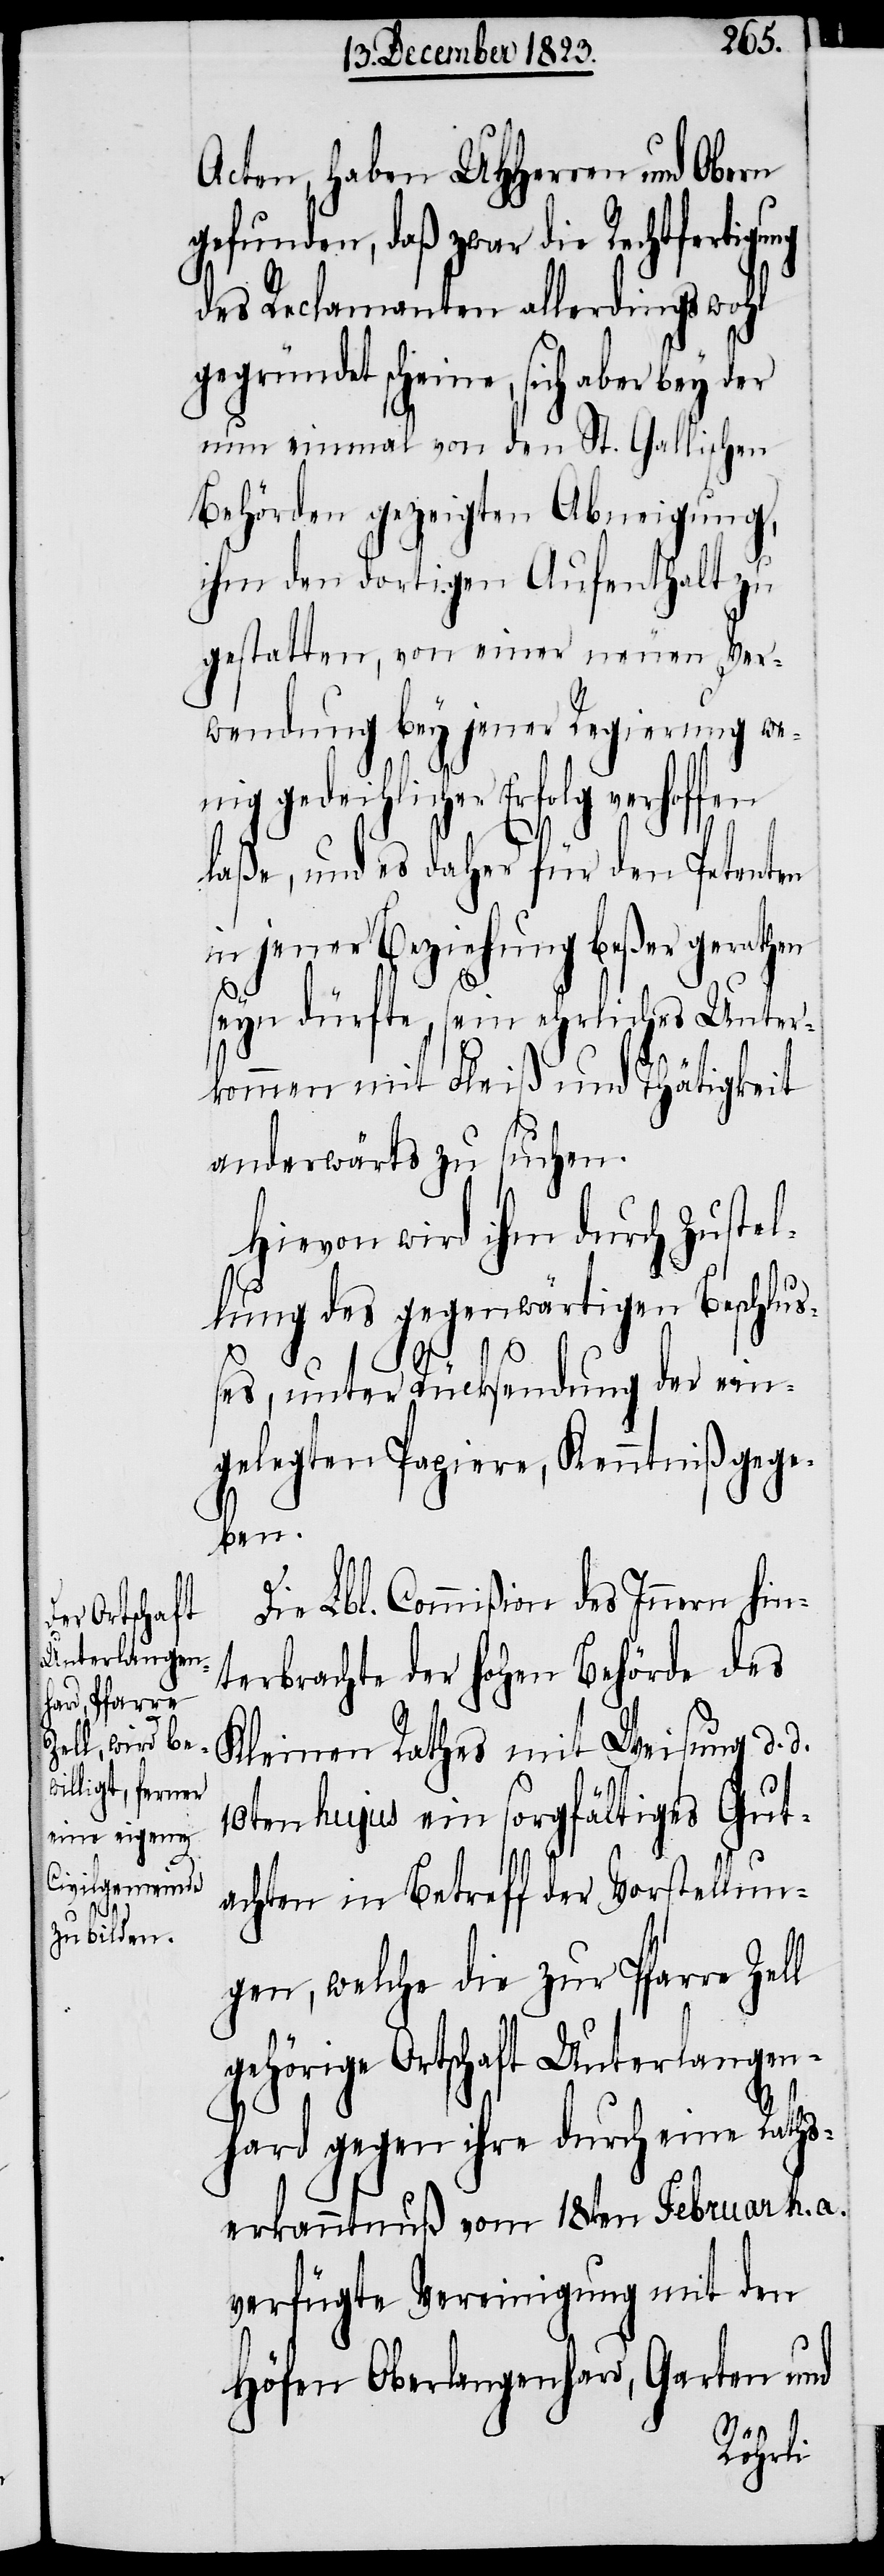
ge Ortschaft
Unterlangen¬

Acten, haben UHHerren und Obern
gefunden, daß zwar die Rechtfertigu¬
des Reclamanten allerdings wohl
gegründet scheine, sich aber bey
nun einmal von den St. Gallischen
Behörden gezeigten Abneigung,
ihm den dortigen Aufenthalt zu
gestatten, von einer neuen Ver¬
wendung bey jener Regierung we¬
nig gedeihlicher Erfolg verhoffen
laße, und es daher für den Petenten
in jener Beziehung beßer gerath¬
seyn dürfte, sein ehrliches Unter¬
kommen mit Fleiß und Thätigkeit
anderwärts zu suchen.
Hievon wird ihm durch Zustel¬
lung des gegenwärtigen Beschluß¬
der
es, unter Rücksendung der ein¬
gelegten Papiere, Kenntniß gege¬
ben.
Die Lbl. Commißion des Innern hin¬
terbrachte der hohen Behörde des
Kleinen Rathes mit Weisung d. d.
10ten hujus ein sorgfältiges Gut¬
achten in Betreff der Vorstellun¬
gen, welche die zur Pfarre Zell
hard gegen ihre durch eine Raths¬
erkanntnuß vom 18ten Februar h. a.
verfügte Vereinigung mit den
Höfen Oberlangenhard, Garten und
gehöri¬

en